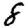
Digit: 8